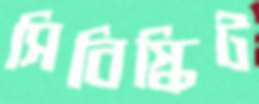
সিবিস্কিট